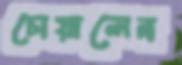
চোয়ালেন